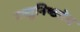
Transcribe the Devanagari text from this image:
वस्तुनिष्ठतेत